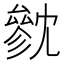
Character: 㓄